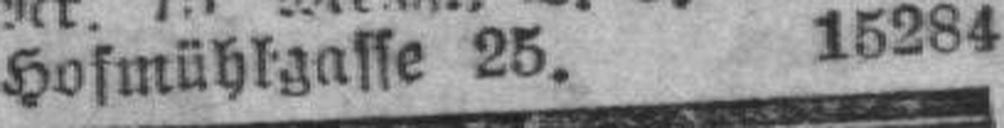
Hofmühlgasse 25. 15284